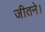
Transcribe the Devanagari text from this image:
जीतने।